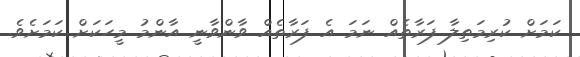
ކަމަށް ކުރިމަތިލާ ފަރާތެއް ނަމަ އެ ފަރާތެއް ވާންވާނީ އާންމު މީހަކަށް ކަމަށެވެ.